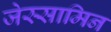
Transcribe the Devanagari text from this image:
जेस्सामिन